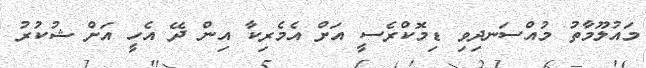
މައުލޫމާތު މުއްސަނދިވި ޑިމޮކްރެސީ އަށް އެމެރިކާ އިން ދޭ އެހީ އަށް ޝުކުރު